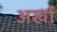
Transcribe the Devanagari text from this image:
अर्खा